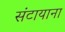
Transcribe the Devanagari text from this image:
संटायाना